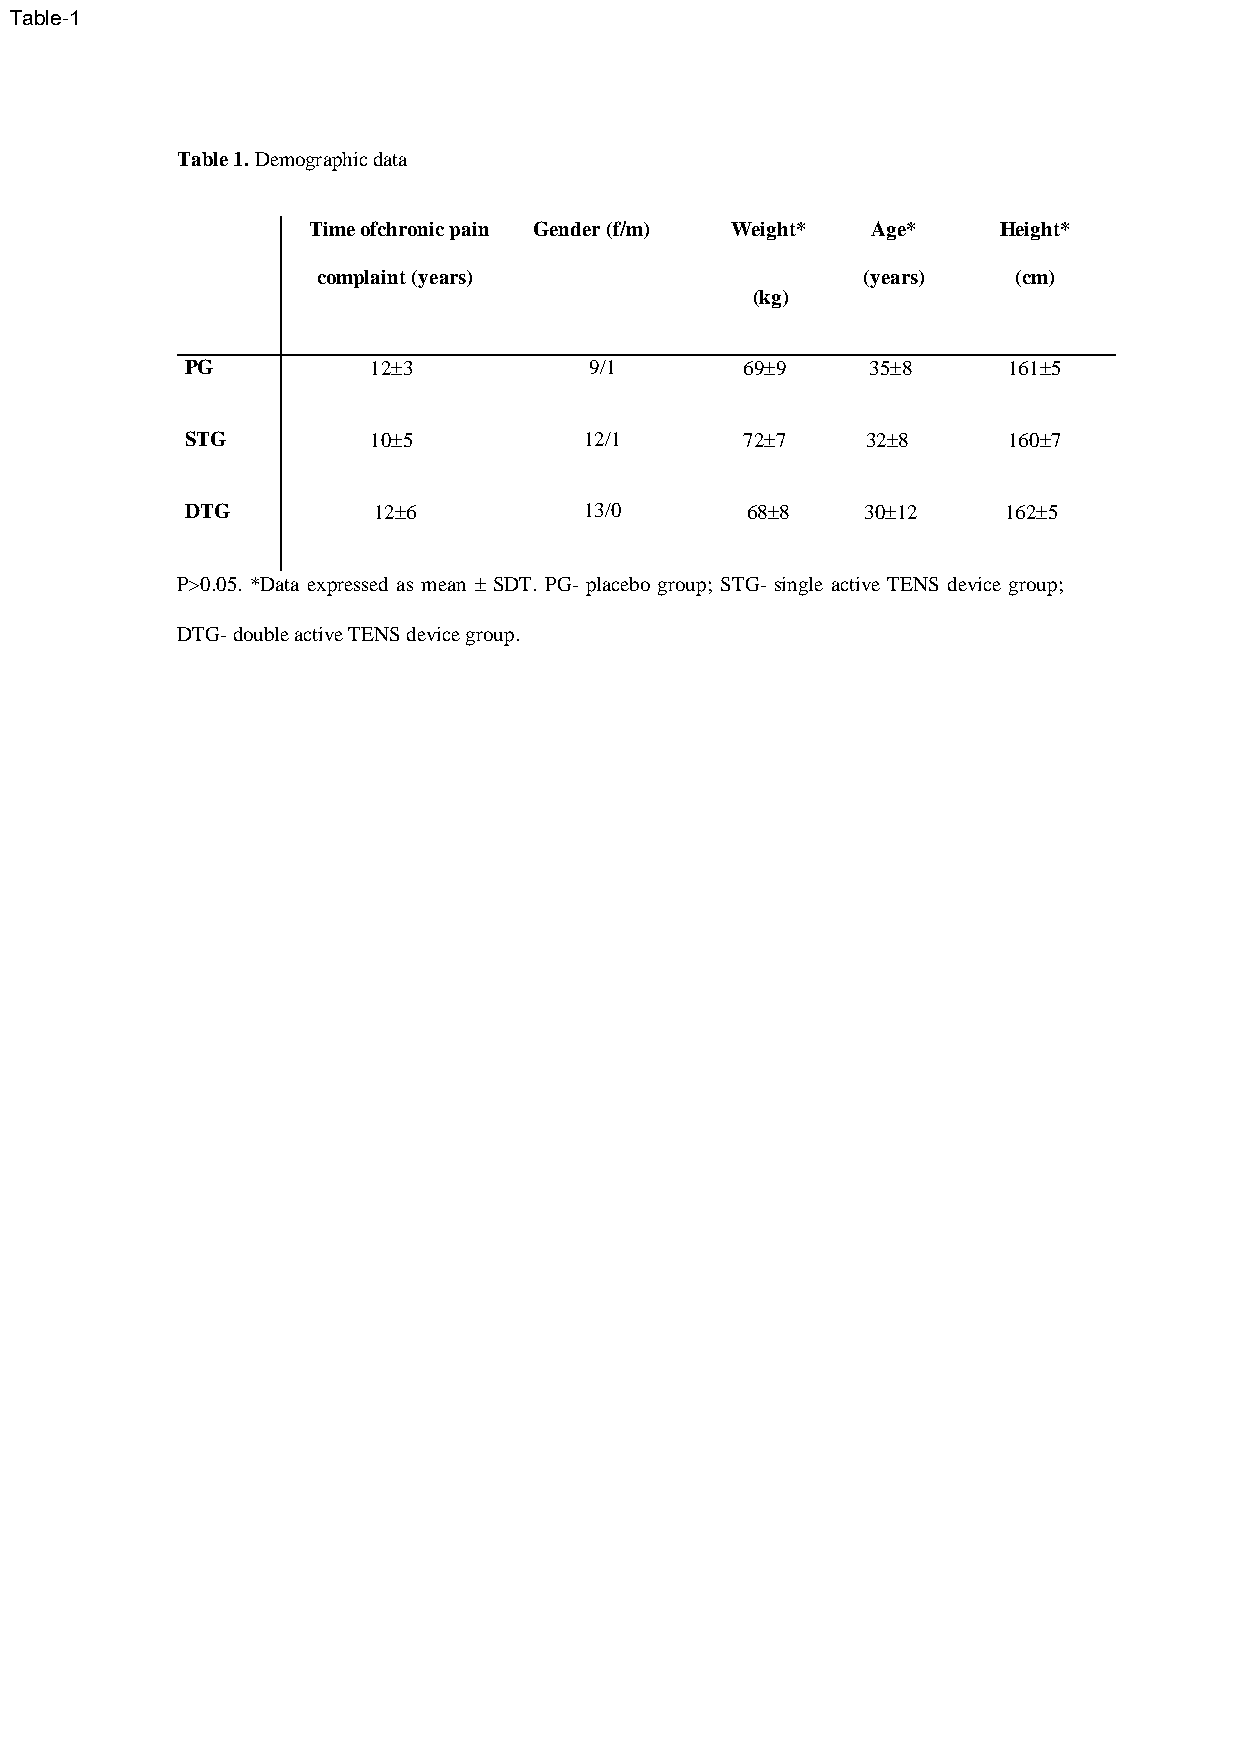
Table-1
 Table 1. Demographic data
 Time ofchronic pain Gender (f/m) Weight* Age* Height*
 complaint (years)                   (years)   (cm)
 (kg)
 PG           123          9/1       699    358      1615
 STG          105          12/1      727    328      1607
 DTG          126          13/0      688    3012    1625
 P>0.05. *Data expressed as mean  SDT. PG- placebo group; STG- single active TENS device group;
 DTG- double active TENS device group.